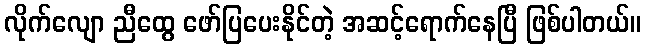
လိုက်လျော ညီထွေ ဖော်ပြပေးနိုင်တဲ့ အဆင့်ရောက်နေပြီ ဖြစ်ပါတယ်။